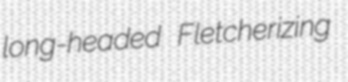
long-headed Fletcherizing